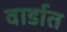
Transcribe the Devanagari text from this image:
वार्डात